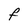
Character: F